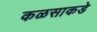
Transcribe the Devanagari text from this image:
कळसाकडे